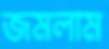
জমলাম